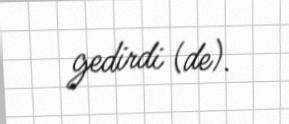
gedirdi (de).